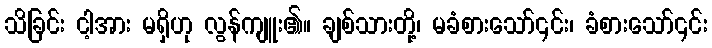
သိခြင်း ငါ့အား မရှိဟု လွန်ကျူး၏။ ချစ်သားတို့၊ မခံစားသော်၎င်း၊ ခံစားသော်၎င်း